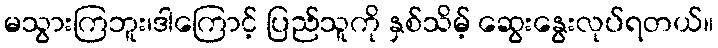
မသွားကြဘူး၊ဒါကြောင့် ပြည်သူကို နှစ်သိမ့် ဆွေးနွေးလုပ်ရတယ်။